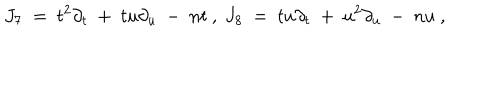
J _ { 7 } \ = \ t ^ { 2 } \partial _ { t } \ + \ t u \partial _ { u } \ - \ n t \ , \ J _ { 8 } \ = \ t u \partial _ { t } \ + \ u ^ { 2 } \partial _ { u } \ - \ n u \ ,